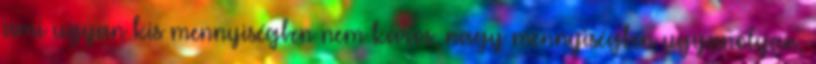
ami ugyan kis mennyiségben nem káros, nagy mennyiségben ugyanolyan,